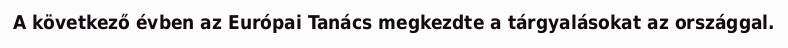
A következő évben az Európai Tanács megkezdte a tárgyalásokat az országgal.